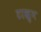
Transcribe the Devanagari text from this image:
टाखुन